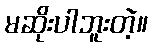
မဆိုးပါဘူးတဲ့။